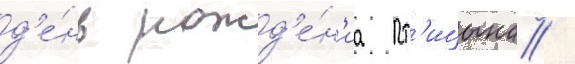
д'е́нь рожд'е́н'иа пт'ицына /